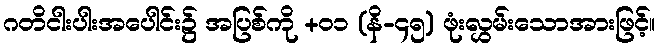
ဂတိငါးပါးအပေါင်း၌ အပြစ်ကို +၀၁ (နိ-၄၅) ဖုံးလွှမ်းသောအားဖြင့်။